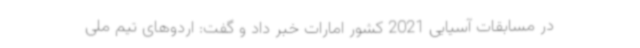
در مسابقات آسیایی 2021 کشور امارات خبر داد و گفت: اردوهای تیم ملی